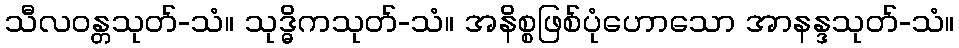
သီလဝန္တသုတ်-သံ။ သုဒ္ဓိကသုတ်-သံ။ အနိစ္စဖြစ်ပုံဟောသော အာနန္ဒသုတ်-သံ။